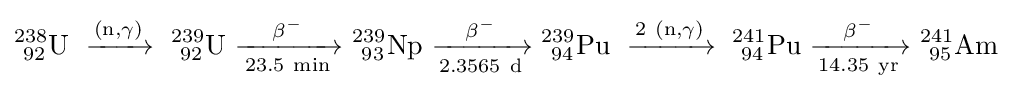
\mathrm {^{238}_{\ 92}U\ \xrightarrow {(n,\gamma )} \ _{\ 92}^{239}U\ {\xrightarrow[{23.5\ min}]{\beta ^{-}}}\ _{\ 93}^{239}Np\ {\xrightarrow[{2.3565\ d}]{\beta ^{-}}}\ _{\ 94}^{239}Pu\ \xrightarrow {2~(n,\gamma )} \ _{\ 94}^{241}Pu\ {\xrightarrow[{14.35\ yr}]{\beta ^{-}}}\ _{\ 95}^{241}Am}